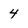
Character: 4